Lunatic asylums Central Provinces reports 1874-1885 - 1874-1885
Year: 1874
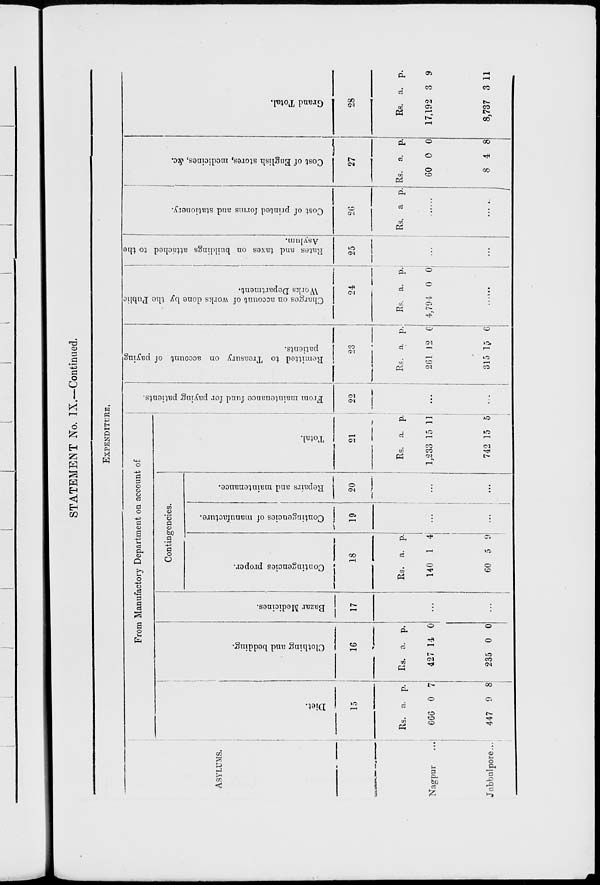
STATEMENT No. IX.—Continued.
EXPENDITURE.
ASYLUMS.
Nagpur
...
Jubbulpore...
From Manufactory Department on account of
Diet.
15
Rs.
666
447
a.
0
0
p.
7
8
Clothing
and bedding.
16
Rs.
427
235
a.
14
0
p.
0
0
Bazar Medicines.
17
...
...
Contingencies.
Contingencies proper.
18
Rs.
140
60
a.
1
5
p.
4
9
Contingencies of manufacture.
19
...
...
Repairs and maintenance.
20
...
...
Total.
21
Rs.
1,233
742
a.
15
15
p.
11
5
From maintenance fund for paying patients.
22
...
...
Remitted to Treasury on account of paying
patients.
23
Rs.
261
315
a.
12
15
p.
6
6
Charges on account of works done by the Public
Works Department.
24
Rs.
4,794
a.
0
p.
0
......
Rates and taxes on buildings attached to the
Asylum.
25
...
...
Cost of printed forms and stationery.
26
Rs. a p.
......
......
Cost of English stores, medicines, &c.
27
Rs.
60
8
a.
0
4
p.
0
8
Grand Total.
28
Rs.
17,192
8,737
a.
3
3
p.
9
11